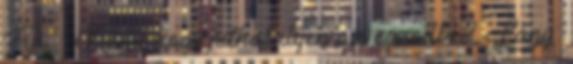
Fiú: – Nem, hogy juthat ilyen az eszedbe? Lány: